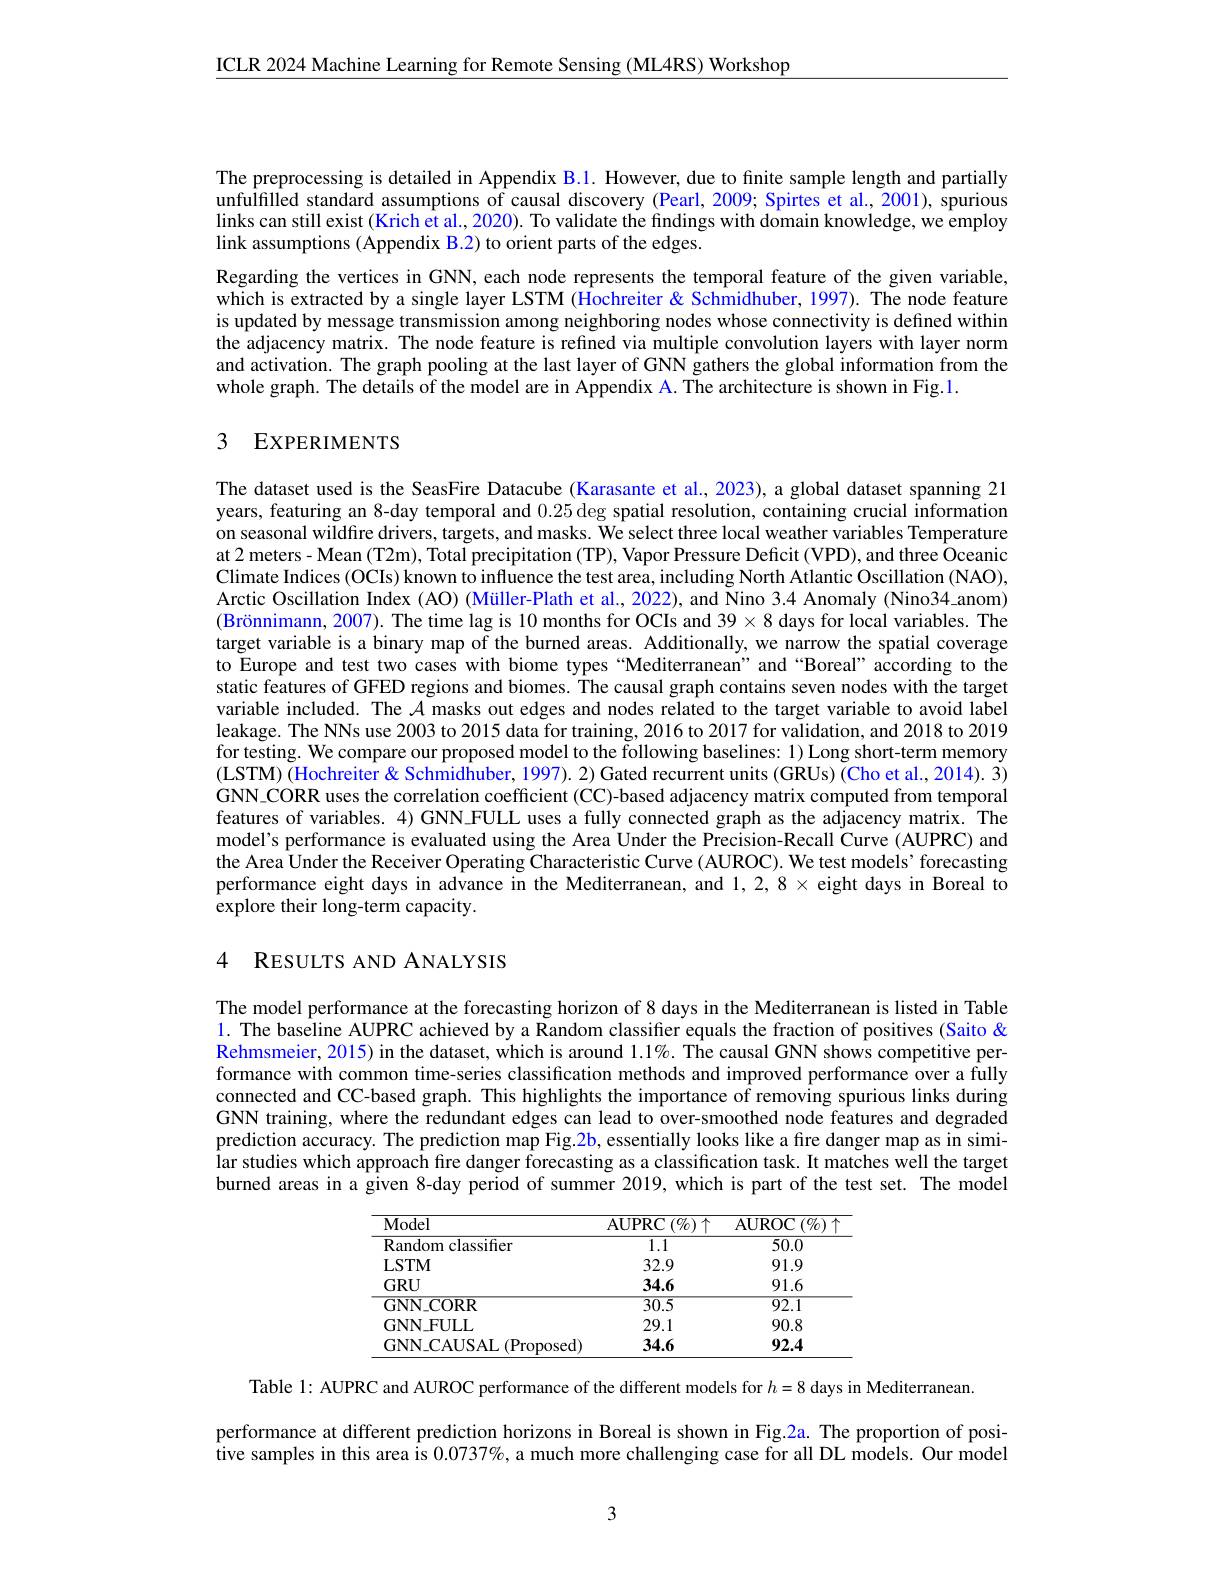
ICLR 2024 Machine Learning for Remote Sensing (ML4RS) Workshop

The preprocessing is detailed in Appendix B.1. However, due to finite sample length and partially unfulfilled standard assumptions of causal discovery (Pearl, 2009; Spirtes et al., 2001), spurious links can still exist (Krich et al., 2020). To validate the findings with domain knowledge, we employ link assumptions ( Appendix B.2) to orient parts of the edges.
Regarding the vertices in GNN, each node represents the temporal feature of the given variable, which is extracted by a single layer LSTM ( Ôochreiter& Schmidhuber, 1997). The node feature is updated by message transmission among neighboring nodes whose connectivity is defined within the adjacency matrix. The node feature is refined via multiple convolution layers with layer norm and activation. The graph pooling at the last layer of GNN gathers the global information from the whole graph. The details of the model are in Appendix A. The architecture is shown in Fig.1.

## 3 EXPERIMENTS

The dataset used is the SeasFire Datacube (Karasante et al., 2023), a global dataset spanning 21 years, featuring an 8-day temporal and $0.25\deg$ spatial resolution, containing crucial information on seasonal wildfire drivers, targets, and masks. We select three local weather variables Temperature at 2 meters - Mean (T2m), Total precipitation (TP), Vapor Pressure Deficit (VPD), and three Oceanic Climate Indices (OCIs) known to influence the test area, including North Atlantic Oscillation (NAO), Arctic Oscillation Index (AO) (Müller-Plath et al., 2022), and Nino 3.4 Anomaly (Nino34\_anom) (Brönnimann, 2007). The time lag is 10 months for OCIs and 39$\times8$ days for local variables. The target variable is a binary map of the burned areas. Additionally, we narrow the spatial coverage to Europe and test two cases with biome types“Mediterranean”and“Boreal”according to the static features of GFED regions and biomes. The causal graph contains seven nodes with the target variable included. The $\mathcal{A}$ masks out edges and nodes related to the target variable to avoid label leakage. The NNs use 2003 to 2015 data for training, 2016 to 2017 for validation, and 2018 to 2019 for testing. We compare our proposed model to the following baselines: 1) Long short-term memory (LSTM) (Hochreiter & Schmidhuber, 1997). 2) Gated recurrent units (GRUs) (Cho et al., 2014). 3) GNN CORR uses the correlation coefficient (CC)-based adjacency matrix computed from temporal features of variables. 4) GNN-FULL uses a fully connected graph as the adjacency matrix. The model's performance is evaluated using the Area Under the Precision-Recall Curve (AUPRC) and the Area Under the Receiver Operating Characteristic Curve (AUROC). We test models'forecasting performance eight days in advance in the Mediterranean, and $1,2,8\times$ eight days in Boreal to explore their long-term capacity.

## 4 RESULTS AND ANALYSIS

The model performance at the forecasting horizon of 8 days in the Mediterranean is listed in Table 1. The baseline AUPRC achieved by a Random classifier equals the fraction of positives (Saito & Rehmsmeier, 2015) in the dataset, which is around $1. 1\% .$ The causal GNN shows competitive per- formance with common time-series classification methods and improved performance over a fully connected and CC-based graph. This highlights the importance of removing spurious links during GNN training, where the redundant edges can lead to over-smoothed node features and degraded prediction accuracy. The prediction map Fig.2b, essentially looks like a fire danger map as in similar studies which approach fire danger forecasting as a classification task. It matches well the target burned areas in a given 8-day period of summer 2019, which is part of the test set. The model

<table>
	<tbody>
		<tr>
			<th>Model</th>
			<th>$\operatorname{AUPRC}\left(\%\right)\uparrow$</th>
			<th>$\operatorname{AUROC}\left(\%\right)$</th>
		</tr>
		<tr>
			<td>Random classifier</td>
			<td>1.1</td>
			<td>50.0</td>
		</tr>
		<tr>
			<td>LSTM</td>
			<td>32.9</td>
			<td>91.9</td>
		</tr>
		<tr>
			<td>$GRU$</td>
			<td>34.6</td>
			<td>91.6</td>
		</tr>
		<tr>
			<td>$GNN\_CORR$</td>
			<td>$\overline{30.5}$</td>
			<td>$\overline{92.1}$</td>
		</tr>
		<tr>
			<td>GNN-FULL</td>
			<td>29.1</td>
			<td>90.8</td>
		</tr>
		<tr>
			<td>$GNN\_CAUSAL(Proposed)$</td>
			<td>34.6</td>
			<td>92.4</td>
		</tr>
	</tbody>
</table>

Table 1: AUPRC and AUROC performance of the different models for $h=8$ days in Mediterranean.

performance at different prediction horizons in Boreal is shown in Fig.2a. The proportion of positive samples in this area is $0.0737\%$ a much more challenging case for all DL models. Our model

3